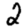
Digit: 2